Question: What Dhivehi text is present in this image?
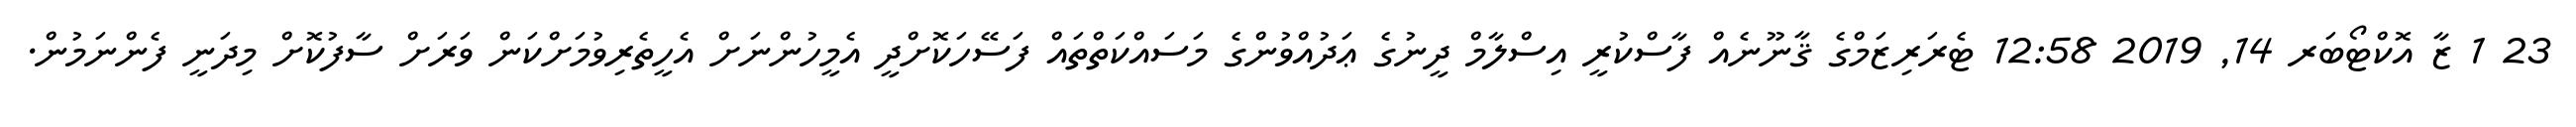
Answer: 23 1 ޒާ އޮކްޓޯބަރ 14, 2019 12:58 ޓެރަރިޒަމްގެ ޤާނޫނެއް ފާސްކުރީ އިސްލާމް ދީނުގެ ޢަދުއްވުންގެ މަސައްކަތްތައް ފަސޭހަކޮށްދީ އެމީހުންނަށް އެހީތެރިވުމަށްކަން ވަރަށް ސާފުކޮށް މިދަނީ ފެންނަމުން.